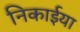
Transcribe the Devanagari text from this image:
निकाईया